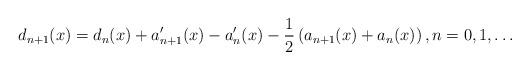
LaTeX: \begin{align*}d_{n+1}(x)=d_{n}(x)+a_{n+1}^{\prime}(x)-a_{n}^{\prime}(x)-\frac{1}{2}\left(a_{n+1}(x)+a_{n}(x)\right) ,n=0,1,\ldots\end{align*}